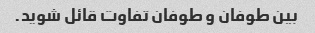
بین طوفان و طوفان تفاوت قائل شوید.